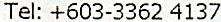
TEL: +603-3362 4137